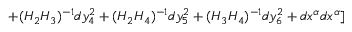
+ ( H _ { 2 } H _ { 3 } ) ^ { - 1 } d y _ { 4 } ^ { 2 } + ( H _ { 2 } H _ { 4 } ) ^ { - 1 } d y _ { 5 } ^ { 2 } + ( H _ { 3 } H _ { 4 } ) ^ { - 1 } d y _ { 6 } ^ { 2 } + d x ^ { \alpha } d x ^ { \alpha } ]